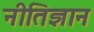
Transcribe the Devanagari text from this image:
नीतिज्ञान